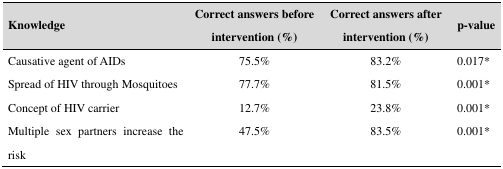
<table><thead><tr><td><b>Knowledge</b></td><td><b>Correct answers before intervention (%)</b></td><td><b>Correct answers after intervention (%)</b></td><td><b>p-value</b></td></tr></thead><tbody><tr><td>Causative agent of AIDs</td><td>75.5%</td><td>83.2%</td><td>0.017*</td></tr><tr><td>Spread of HIV through Mosquitoes</td><td>77.7%</td><td>81.5%</td><td>0.001*</td></tr><tr><td>Concept of HIV carrier</td><td>12.7%</td><td>23.8%</td><td>0.001*</td></tr><tr><td>Multiple sex partners increase the risk</td><td>47.5%</td><td>83.5%</td><td>0.001*</td></tr></tbody></table>